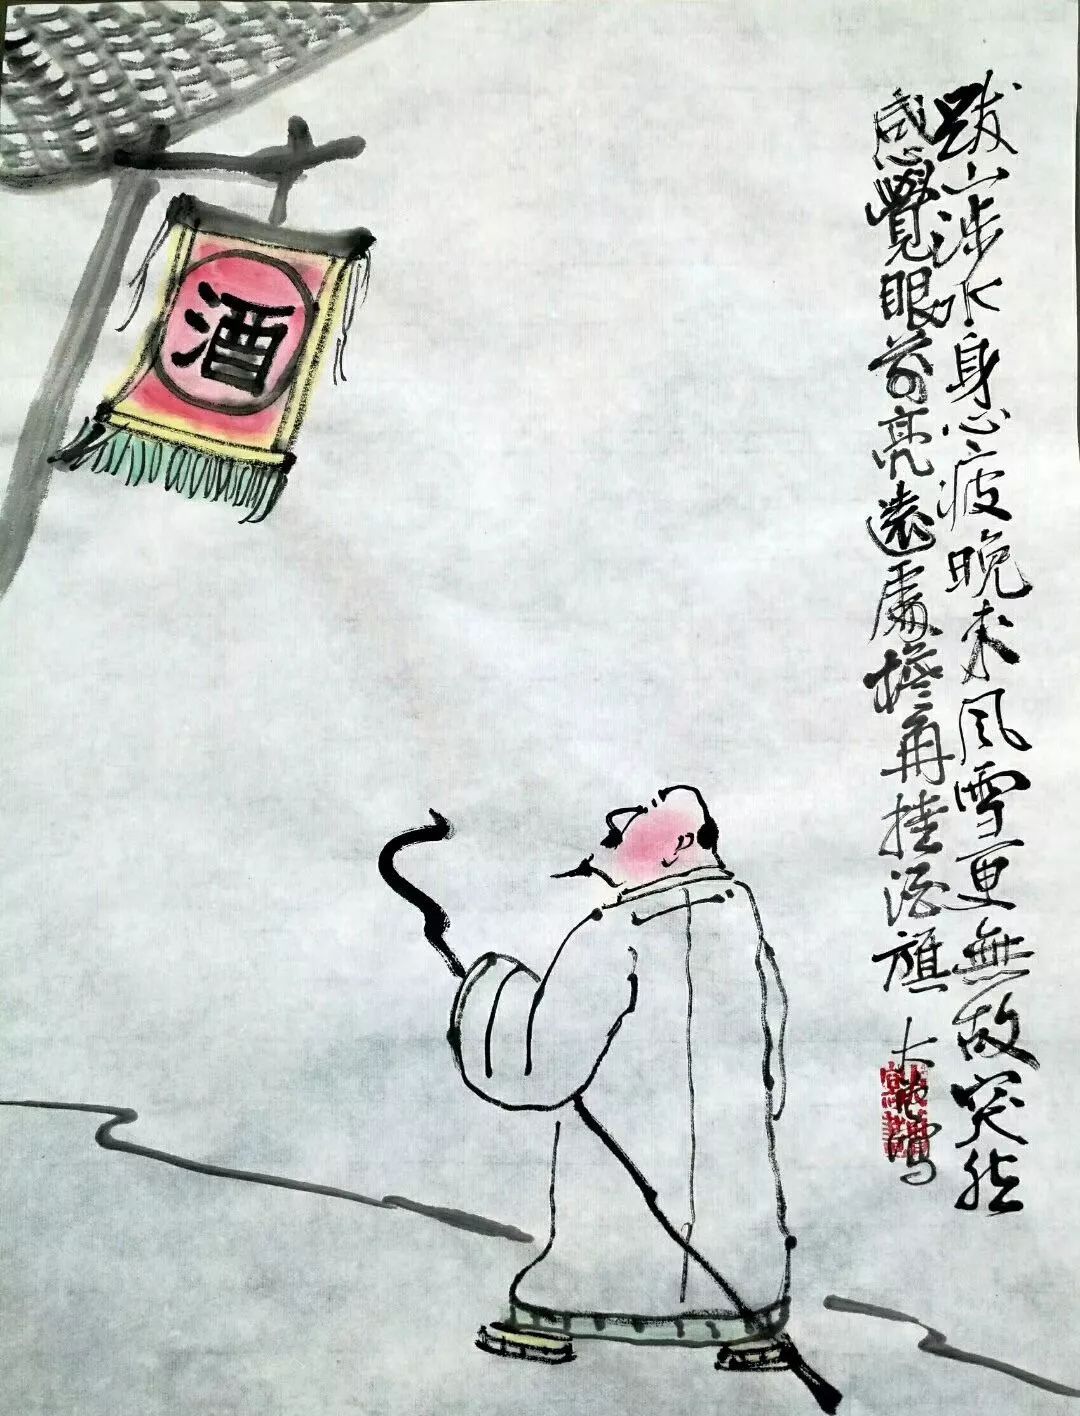
烟萝翠竹，欠罗袖为倚天寒日暮。